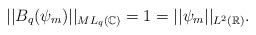
LaTeX: \begin{align*}||B_q(\psi_m)||_{ML_q(\mathbb{C})}=1=||\psi_m||_{L^2(\mathbb{R})}.\end{align*}